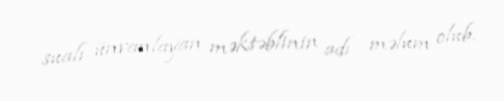
sualı ünvanlayan məktəblinin adı məlum olub.